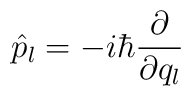
\hat{p}_{l} = -i\hbar\frac{\partial}{\partial q_{l}}